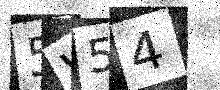
Text: 5W54